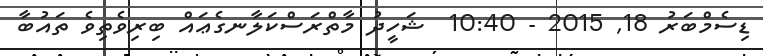
ޑިސެމްބަރު 18